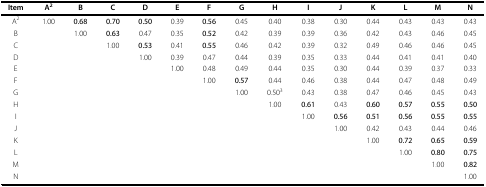
<table><thead><tr><td><b>Item</b></td><td><b>A<sup>2</sup></b></td><td><b>B</b></td><td><b>C</b></td><td><b>D</b></td><td><b>E</b></td><td><b>F</b></td><td><b>G</b></td><td><b>H</b></td><td><b>I</b></td><td><b>J</b></td><td><b>K</b></td><td><b>L</b></td><td><b>M</b></td><td><b>N</b></td></tr></thead><tbody><tr><td>A<sup>2</sup></td><td>1.00</td><td><b>0.68</b></td><td><b>0.70</b></td><td><b>0.50</b></td><td>0.39</td><td><b>0.56</b></td><td>0.45</td><td>0.40</td><td>0.38</td><td>0.30</td><td>0.44</td><td>0.43</td><td>0.43</td><td>0.43</td></tr><tr><td>B</td><td></td><td>1.00</td><td><b>0.63</b></td><td>0.47</td><td>0.35</td><td><b>0.52</b></td><td>0.42</td><td>0.39</td><td>0.39</td><td>0.36</td><td>0.42</td><td>0.43</td><td>0.46</td><td>0.45</td></tr><tr><td>C</td><td></td><td></td><td>1.00</td><td><b>0.53</b></td><td>0.41</td><td><b>0.55</b></td><td>0.46</td><td>0.42</td><td>0.39</td><td>0.32</td><td>0.49</td><td>0.46</td><td>0.46</td><td>0.45</td></tr><tr><td>D</td><td></td><td></td><td></td><td>1.00</td><td>0.39</td><td>0.47</td><td>0.44</td><td>0.39</td><td>0.35</td><td>0.33</td><td>0.44</td><td>0.41</td><td>0.41</td><td>0.40</td></tr><tr><td>E</td><td></td><td></td><td></td><td></td><td>1.00</td><td>0.48</td><td>0.49</td><td>0.44</td><td>0.35</td><td>0.30</td><td>0.44</td><td>0.39</td><td>0.37</td><td>0.33</td></tr><tr><td>F</td><td></td><td></td><td></td><td></td><td></td><td>1.00</td><td><b>0.57</b></td><td>0.44</td><td>0.46</td><td>0.38</td><td>0.44</td><td>0.47</td><td>0.48</td><td>0.49</td></tr><tr><td>G</td><td></td><td></td><td></td><td></td><td></td><td></td><td>1.00</td><td>0.50<sup>3</sup></td><td>0.43</td><td>0.38</td><td>0.47</td><td>0.46</td><td>0.45</td><td>0.43</td></tr><tr><td>H</td><td></td><td></td><td></td><td></td><td></td><td></td><td></td><td>1.00</td><td><b>0.61</b></td><td>0.43</td><td><b>0.60</b></td><td><b>0.57</b></td><td><b>0.55</b></td><td><b>0.50</b></td></tr><tr><td>I</td><td></td><td></td><td></td><td></td><td></td><td></td><td></td><td></td><td>1.00</td><td><b>0.56</b></td><td><b>0.51</b></td><td><b>0.56</b></td><td><b>0.55</b></td><td><b>0.55</b></td></tr><tr><td>J</td><td></td><td></td><td></td><td></td><td></td><td></td><td></td><td></td><td></td><td>1.00</td><td>0.42</td><td>0.43</td><td>0.44</td><td>0.46</td></tr><tr><td>K</td><td></td><td></td><td></td><td></td><td></td><td></td><td></td><td></td><td></td><td></td><td>1.00</td><td><b>0.72</b></td><td><b>0.65</b></td><td><b>0.59</b></td></tr><tr><td>L</td><td></td><td></td><td></td><td></td><td></td><td></td><td></td><td></td><td></td><td></td><td></td><td>1.00</td><td><b>0.80</b></td><td><b>0.75</b></td></tr><tr><td>M</td><td></td><td></td><td></td><td></td><td></td><td></td><td></td><td></td><td></td><td></td><td></td><td></td><td>1.00</td><td><b>0.82</b></td></tr><tr><td>N</td><td></td><td></td><td></td><td></td><td></td><td></td><td></td><td></td><td></td><td></td><td></td><td></td><td></td><td>1.00</td></tr></tbody></table>